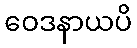
ဝေဒနာယပိ